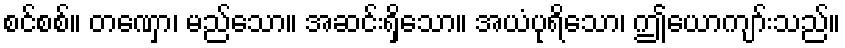
စင်စစ်။ တဏှော၊ မည်သော။ အဆင်းရှိသော။ အယံပုရိသော၊ ဤယောကျာ်းသည်။